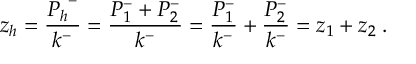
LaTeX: z _ { h } = \frac { { P _ { h } } ^ { - } } { k ^ { - } } = \frac { P _ { 1 } ^ { - } + P _ { 2 } ^ { - } } { k ^ { - } } = \frac { P _ { 1 } ^ { - } } { k ^ { - } } + \frac { P _ { 2 } ^ { - } } { k ^ { - } } = z _ { 1 } + z _ { 2 } \; .